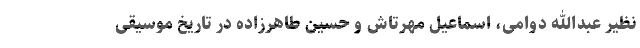
نظیر عبدالله دوامی، اسماعیل مهرتاش و حسین طاهرزاده در تاریخ موسیقی